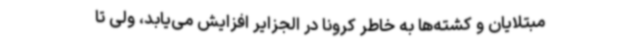
مبتلایان و کشته‌ها به خاطر کرونا در الجزایر افزایش می‌یابد، ولی تا